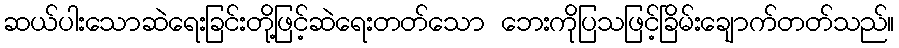
ဆယ်ပါးသောဆဲရေးခြင်းတို့ဖြင့်ဆဲရေးတတ်သော ဘေးကိုပြသဖြင့်ခြိမ်းချောက်တတ်သည်။